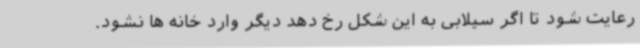
رعایت شود تا اگر سیلابی به این شکل رخ دهد دیگر وارد خانه ها نشود.